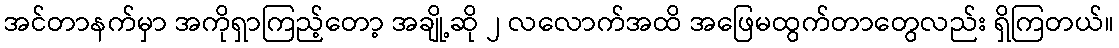
အင်တာနက်မှာ အကိုရှာကြည့်တော့ အချို့ဆို ၂ လလောက်အထိ အဖြေမထွက်တာတွေလည်း ရှိကြတယ်။